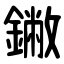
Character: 䥕